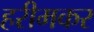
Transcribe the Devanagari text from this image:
हरीमकर